Vaccination Hyderabad 1872-1889 - 1872-1889
Year: 1872
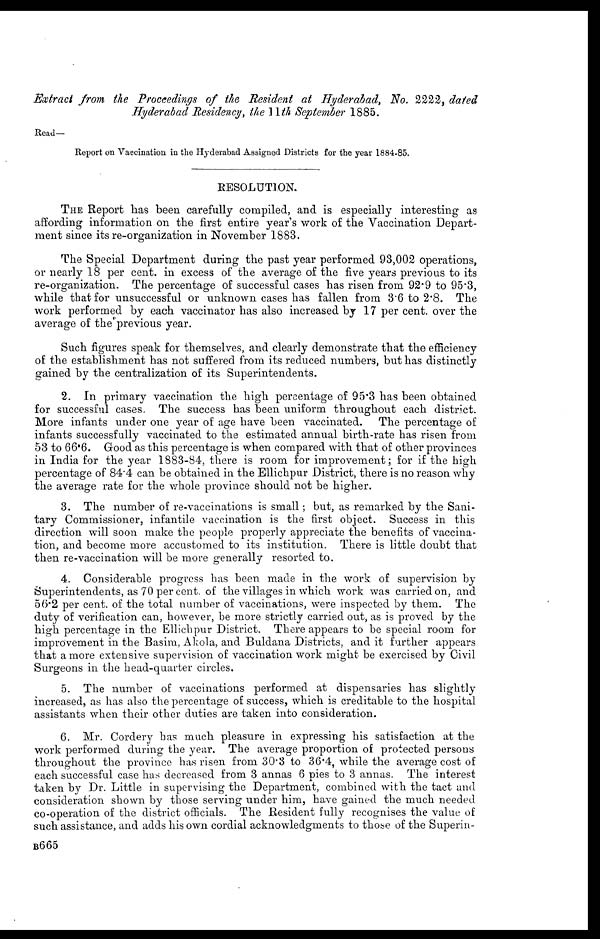
Extract from the Proceedings of the Resident at Hyderabad, No. 2222, dated
Hyderabad Residency, the 11th September 1885.
Read—
Report on Vaccination in the Hyderabad Assigned Districts for the year 1884-85.
RESOLUTION.
THE Report has been carefully compiled, and is especially interesting as
affording information on the first entire year's work of the Vaccination Depart-
ment since its re-organization in November 1883.
The Special Department during the past year performed 93,002 operations,
or nearly 18 per cent. in excess of the average of the five years previous to its
re-organization. The percentage of successful cases has risen from 92.9 to 95.3,
while that for unsuccessful or unknown cases has fallen from 3.6 to 2.8. The
work performed by each vaccinator has also increased by 17 per cent. over the
average of the previous year.
Such figures speak for themselves, and clearly demonstrate that the efficiency
of the establishment has not suffered from its reduced numbers, but has distinctly
gained by the centralization of its Superintendents.
2. In primary vaccination the high percentage of 95.3 has been obtained
for successful cases. The success has been uniform throughout each district.
More infants under one year of age have been vaccinated. The percentage of
infants successfully vaccinated to the estimated annual birth-rate has risen from
53 to 66.6. Good as this percentage is when compared with that of other provinces
in India for the year 1883-84, there is room for improvement; for if the high
percentage of 84.4 can be obtained in the Ellichpur District, there is no reason why
the average rate for the whole province should not be higher.
3. The number of re-vaccinations is small; but, as remarked by the Sani-
tary Commissioner, infantile vaccination is the first object. Success in this
direction will soon make the people properly appreciate the benefits of vaccina-
tion, and become more accustomed to its institution. There is little doubt that
then re-vaccination will be more generally resorted to.
4. Considerable progress has been made in the work of supervision by
Superintendents, as 70 per cent. of the villages in which work was carried on, and
56.2 per cent. of the total number of vaccinations, were inspected by them. The
duty of verification can, however, be more strictly carried out, as is proved by the
high percentage in the Ellichpur District. There appears to be special room for
improvement in the Basim, A kola, and Buldana Districts, and it further appears
that a more extensive supervision of vaccination work might be exercised by Civil
Surgeons in the head-quarter circles.
5. The number of vaccinations performed at dispensaries has slightly
increased, as has also the percentage of success, which is creditable to the hospital
assistants when their other duties are taken into consideration.
6. Mr. Cordery has much pleasure in expressing his satisfaction at the
work performed during the year. The average proportion of protected persons
throughout the province has risen from 30.3 to 36.4, while the average cost of
each successful case has decreased from 3 annas 6 pies to 3 annas. The interest
taken by Dr. Little in supervising the Department, combined with the tact and
consideration shown by those serving under him, have gained the much needed
co-operation of the district officials. The Resident fully recognises the value of
such assistance, and adds his own cordial acknowledgments to those of the Superin¬
B665